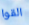
القوا